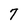
Character: 7